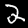
Label: 2